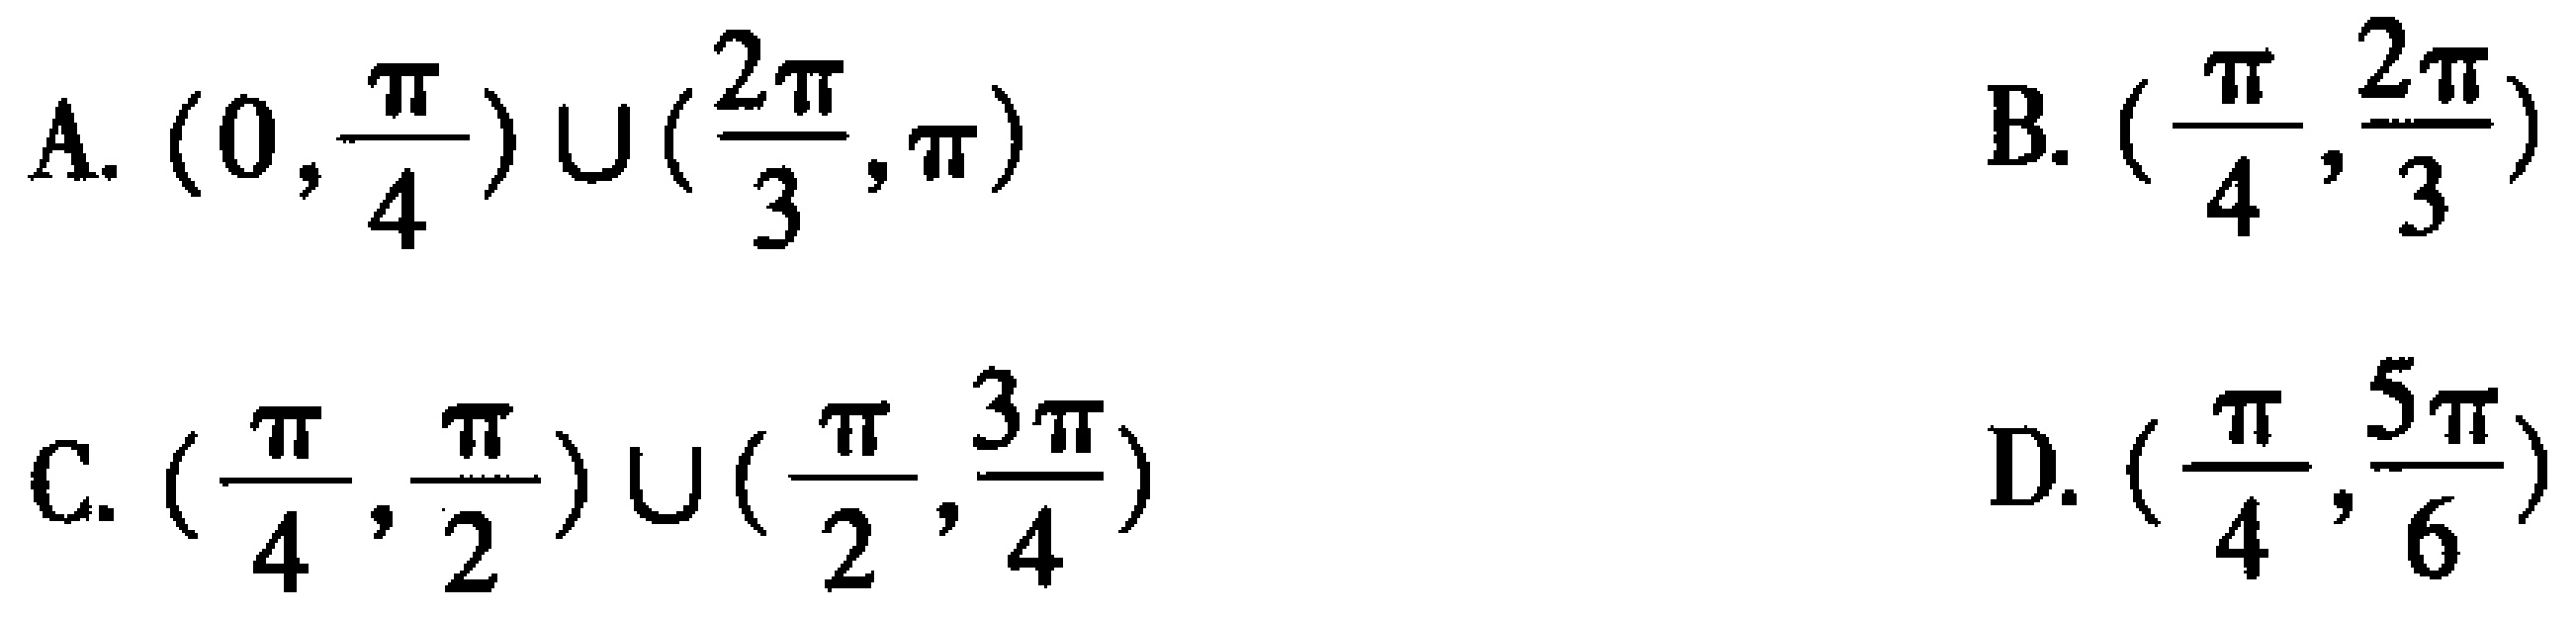
A. \((0,\frac{\pi}{4})\cup(\frac{2\pi}{3},\pi)\)
B. \((\frac{\pi}{4},\frac{2\pi}{3})\)
C. \((\frac{\pi}{4},\frac{\pi}{2})\cup(\frac{\pi}{2},\frac{3\pi}{4})\)
D. \((\frac{\pi}{4},\frac{5\pi}{6})\)